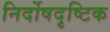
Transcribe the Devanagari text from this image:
निर्दोषदृष्टिक